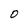
Character: 0